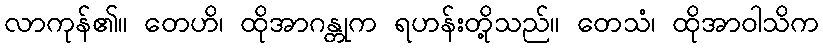
လာကုန်၏။ တေဟိ၊ ထိုအာဂန္တုက ရဟန်းတို့သည်။ တေသံ၊ ထိုအာဝါသိက